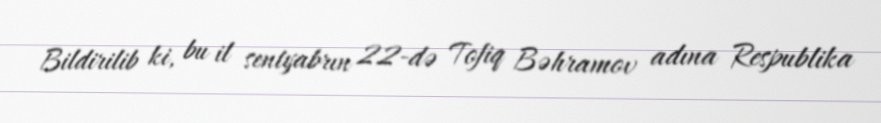
Bildirilib ki, bu il sentyabrın 22-də Tofiq Bəhramov adına Respublika